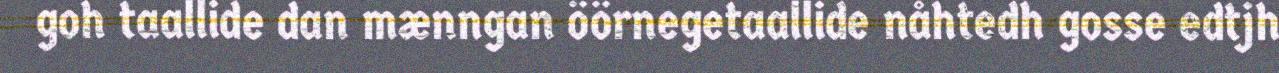
goh taallide dan mænngan öörnegetaallide nåhtedh gosse edtjh